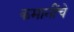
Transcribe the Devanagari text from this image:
कमानींचे